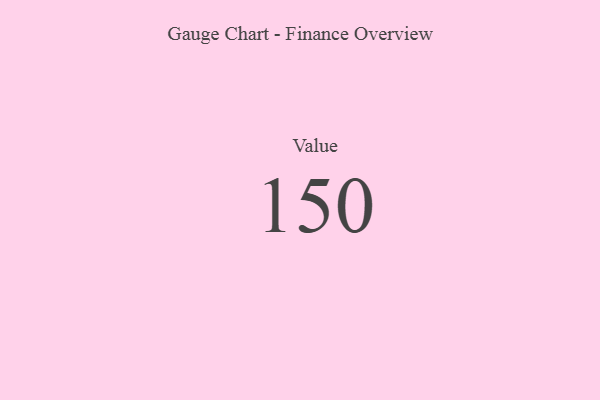
{"axis": {"x": "Metric", "y": "Value"}, "legend": [""], "data": [{"x": "Value", "y": 150, "type": ""}]}